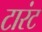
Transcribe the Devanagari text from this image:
टारंट